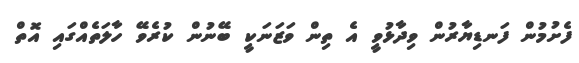
ފެށުމުން ފަނޑިޔާރުން ވިދާޅުވީ އެ ތިން ވަޒަނަކީ ބޭނުން ކުރެވޭ ހާލަތެއްގައި އޮތް